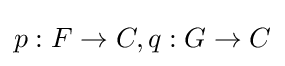
p:F\to C,q:G\to C